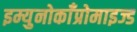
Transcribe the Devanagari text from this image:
इम्युनोकाँप्रोमाइज्ड